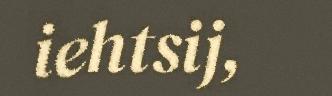
iehtsij,